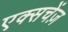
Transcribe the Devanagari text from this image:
एक्सचेंज़